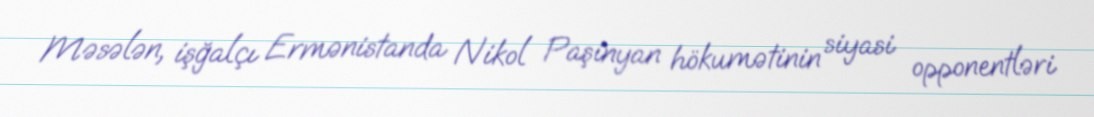
Məsələn, işğalçı Ermənistanda Nikol Paşinyan hökumətinin siyasi opponentləri